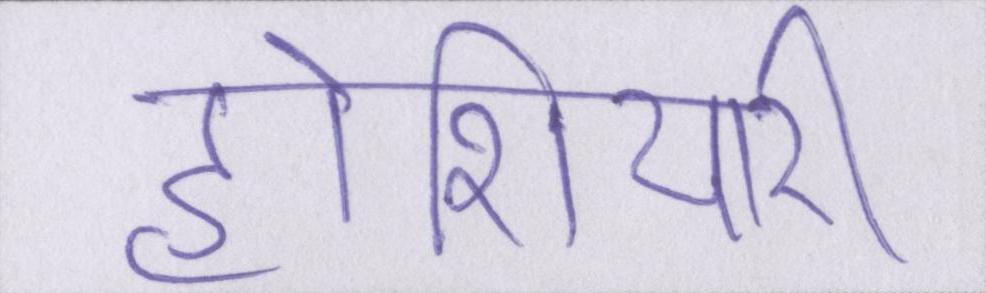
होशियारी